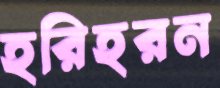
হরিহরন